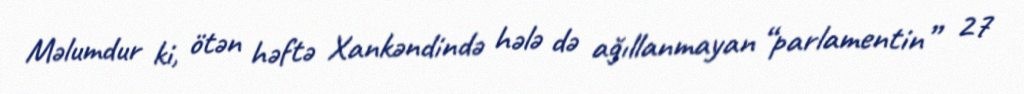
Məlumdur ki, ötən həftə Xankəndində hələ də ağıllanmayan “parlamentin” 27